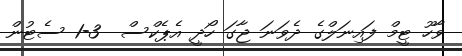
ވާހޫ ޓީމް ފައިނަލްގެ ދެވަނަ ޖާގަ ހޯދީ އެޕެކްސް  3-1 ސެޓުން